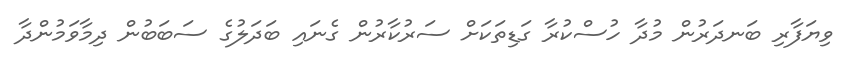
ވިޔަފާރި ބަނދަރުން މުދާ ހުސްކުރާ ގަޑިތަކަށް ސަރުކާރުން ގެނައި ބަދަލުގެ ސަބަބުން ދިމާވަމުންދާ